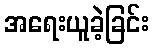
အရေးယူခဲ့ခြင်း